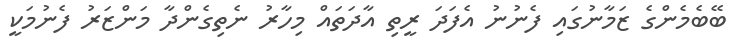
ބޭބެމެންގެ ޒަމާނުގައި ފެނުނު އެފަދަ ރީތި އާދަތައް މިހާރު ނެތިގެންދާ މަންޒަރު ފެނުމަކީ